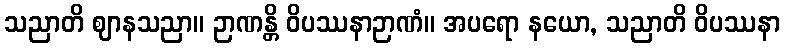
သညာတိ ဈာနသညာ။ ဉာဏန္တိ ဝိပဿနာဉာဏံ။ အပရော နယော, သညာတိ ဝိပဿနာ